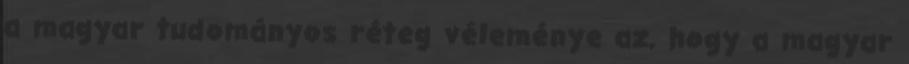
a magyar tudományos réteg véleménye az, hogy a magyar